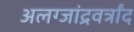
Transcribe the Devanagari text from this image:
अलग्जांद्रवर्त्रांद